Report of an investigation into the causes of malaria in Bombay and the measures necessary for its control
Disease focus: Malaria
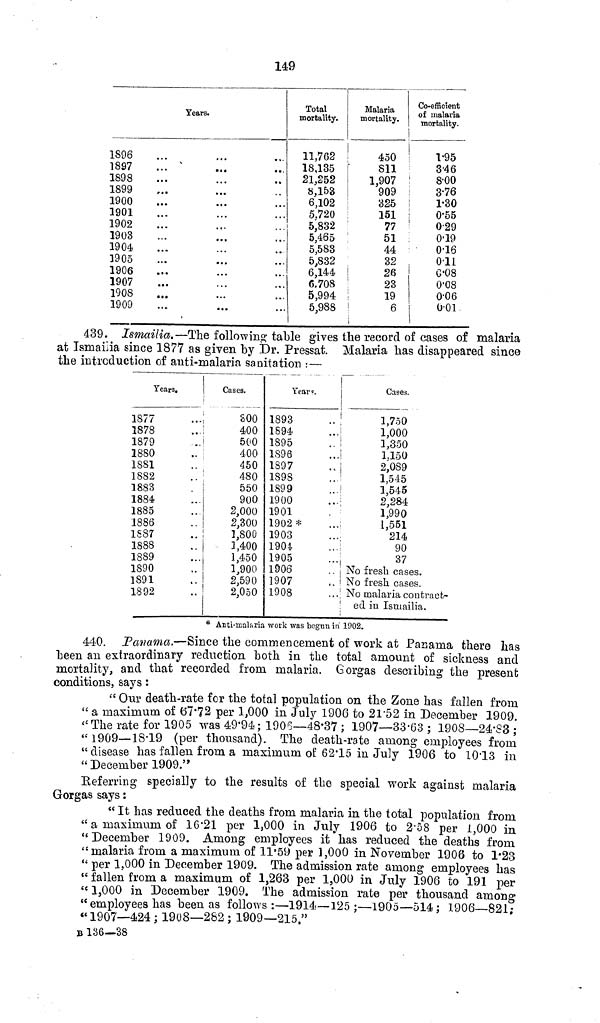
149
Years.
1S96
1897
1898
1899
1900
1901
1902
1903
1904
3905
1906
1907
1908
1909
Total
mortality.
11,762
18,135
21,252
8,153
6,102
5.720
5,832
5,465
5,583
5,832
6,144
6.708
5,994
5,988
Malaria
mortality.
450
811
1,907
909
325
151
77
51
44
32
26
23
19
6
Co-efficient
of malaria
mortality.
1.95
3.46
8.00
3.76
1.30
0.55
029
0'19
0.16
011
0.08
0.08
0.06
0.01
439. Ismailia.—The following table gives the record of cases of malaria
at Ismailia since 1877 as given by Dr. Pressat. Malaria has disappeared since
the introduction of anti-malaria sanitation :—
Years.
1877
1878
1879
1880
1881
1882
1883
1884
1885
1886
1S87
1888
1889
1890
1891
1892
Cases.
800
400
500
400
450
480
550
900
2,000
2,300
1,800
1,400
1,450
1,900
2,590
2,050
Year«.
1893
1894
1895
1896
1897
1898
1899
1900
1901
1902 *
1903
1904
1905
1906
1907
1908
Cases.
1,750
1,000
1,350
1.150
2,089
1,545
1,545
2,284
1,990
1,551
214
90
37
No fresh cases.
No fresh cases.
No malaria contract-
ed in Ismailia.
* Anti-malaria work was began in 1902.
440. Panama.—Since the commencement of work at Panama there has
been an extraordinary reduction both in the total amount of sickness and
mortality, and that recorded from malaria. Gorgas describing the present
conditions, says :
" Our death-rate for the total population on the Zone has fallen from
" a maximum of 67.72 per 1,000 in July 1906 to 21.52 in December 1909.
«The rate for 1905 was 49.94; 1906—48.37 ; 1907—33.63 ; 1908—24.83 ;
"1909—18.19 (per thousand). The death-rate among employees from
" disease has fallen from a maximum of 62.15 in July 1906 to 1013 in
" December 1909."
Referring specially to the results of the special work against malaria
Gorgas says :
" It has reduced the deaths from malaria in the total population from
"a maximum of 16.21 per 1,000 in July 1906 to 2.58 per 1,000 in
"December 1909. Among employees it has reduced the deaths from
"malaria from a maximum of 11.59 per 1,000 in November 1906 to 1.23
" per 1,000 in December 1909. The admission rate among employees has
" fallen from a maximum of 1,263 per 1,000 in July 1906 to 191 per
"1,000 in December 1909. The admission rate per thousand among
" employees has been as follows :—1914—125 ;—1905—514; 1906—821;
" 1907—424 ; 1908—282 ; 1909—215."
B 136—38